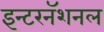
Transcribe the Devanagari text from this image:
इन्टरनॅशनल